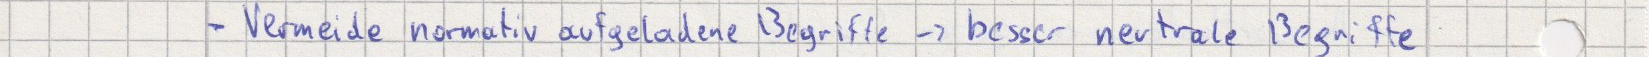
- Vermeide normativ aufgeladene Begriffe -> besser neutrale Begriffe